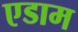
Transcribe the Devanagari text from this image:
एडाम